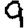
Digit: 9